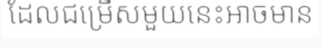
ដែលជម្រើសមួយនេះអាចមាន